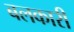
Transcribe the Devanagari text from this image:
बलकारी